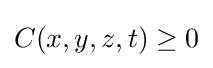
C(x,y,z,t)\geq 0